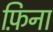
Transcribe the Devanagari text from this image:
फ़िना